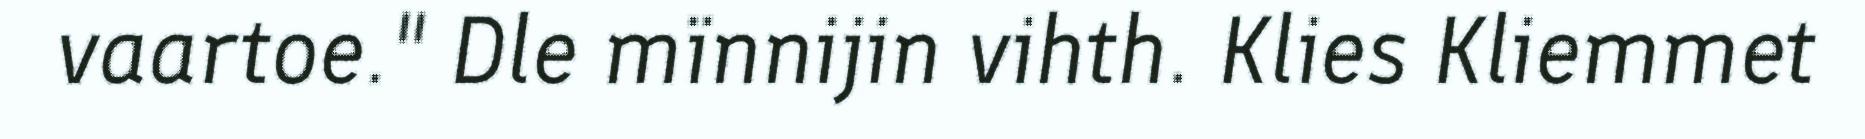
vaartoe." Dle mïnnijin vihth. Klies Kliemmet